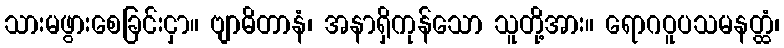
သားမဖွားစေခြင်းငှာ။ ဗျာဓိတာနံ၊ အနာရှိကုန်သော သူတို့အား။ ရောဂဝူပသမနတ္ထံ၊